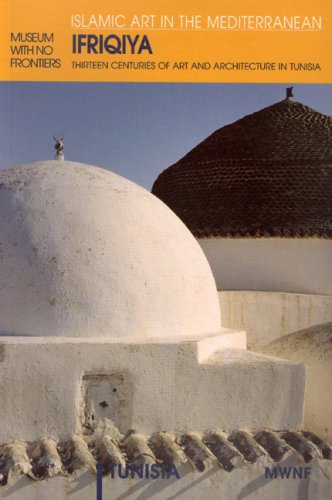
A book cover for Ifriqiya: Thirteen Centuries of Art and Architecture in Tunisia (Museum With No Frontiers International Exhibition Cycle : Islamic Art in the Mediterranean : Tunisia); Eva (Ed.) Schubert; Travel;